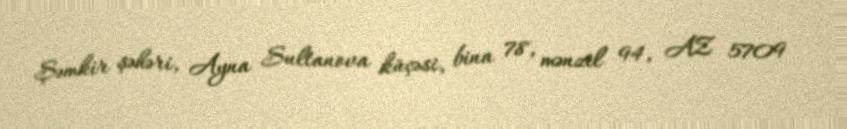
Şəmkir şəhəri, Ayna Sultanova küçəsi, bina 78, mənzil 94, AZ 5709